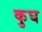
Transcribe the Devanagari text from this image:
कुघ